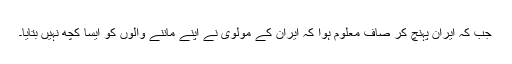
جب کہ ایران پہنچ کر صاف معلوم ہوا کہ ایران کے مولوی نے اپنے ماننے والوں کو ایسا کچھ نہیں بتایا۔